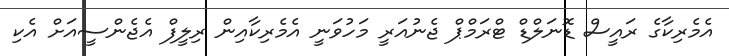
އެމެރިކާގެ ރައީސް ޑޮނަލްޑް ޓްރަމްޕް ޖެނުއަރީ މަހުވަނީ އެމެރިކާއިން ރިލީފް އެޖެންސީއަށް އެކި